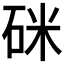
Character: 𥒄